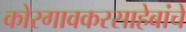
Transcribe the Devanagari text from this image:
कोरगावकरसाहेबांचे